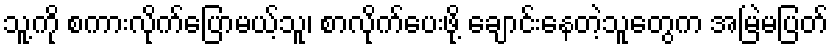
သူ့ကို စကားလိုက်ပြောမယ့်သူ၊ စာလိုက်ပေးဖို့ ချောင်းနေတဲ့သူတွေက အမြဲမပြတ်